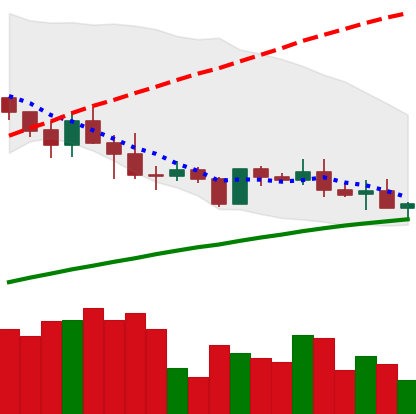
Ticker: ADA-USD
Chart end date: 2019-05-08
Forward return: 13.104%
Label: up_7plus